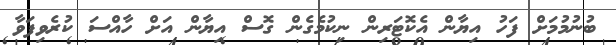
ބުނުމުމަށް ފަހު އިޔާން އެކޮޓަރިން ނިކުމެގެން ގޮސް އިޔާން އަށް ހާއްސަ ކުރެވިފަވާ